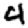
Digit: 4